Piroplasma canis and its life cycle in the tick - Number 29
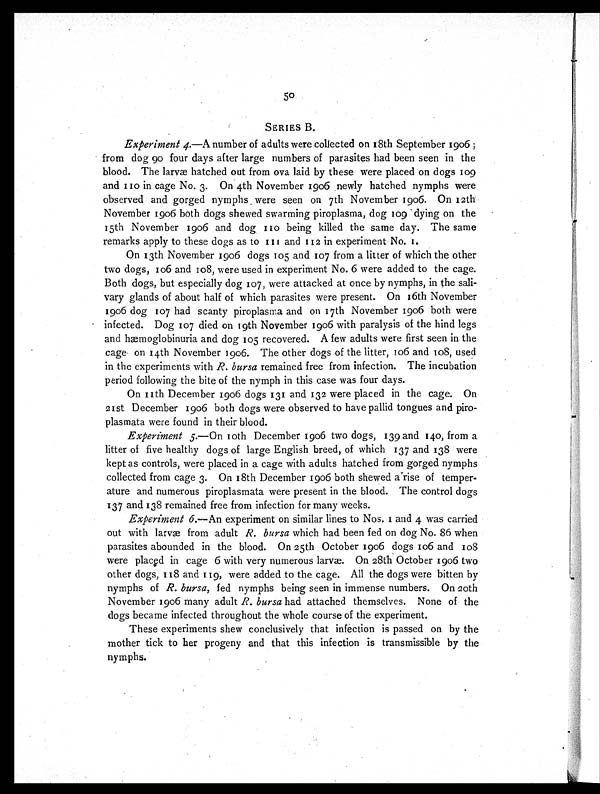
50
SERIES B.
Experiment 4.—A number of adults were collected on 18th September 1906 ;
from dog go four days after large numbers of parasites had been seen in the
blood. The larvæ hatched out from ova laid by these were placed on dogs 109
and 110 in cage No. 3. On 4th November 1906 newly hatched nymphs were
observed and gorged nymphs were seen on 7th November 1906. On 12th
November 1906 both dogs shewed swarming piroplasma, dog 109 dying on the
15th November 1906 and dog 110 being killed the same day. The same
remarks apply to these dogs as to 111 and 112 in experiment No. 1.
On 13th November 1906 dogs 105 and 107 from a litter of which the other
two dogs, 106 and 108, were used in experiment No. 6 were added to the cage.
Both dogs, but especially dog 107, were attacked at once by nymphs, in the sali-
vary glands of about half of which parasites were present. On 16th November
1906 dog 107 had scanty piroplasma and on 17th November 1906 both were
infected. Dog 107 died on 19th November 1906 with paralysis of the hind legs
and hæmoglobinuria and dog 105 recovered. A few adults were first seen in the
cage on 14th November 1906. The other dogs of the litter, 106 and 108, used
in the experiments with R. bursa remained free from infection. The incubation
period following the bite of the nymph in this case was four days.
On 11th December 1906 dogs 131 and 132 were placed in the cage. On
21st December 1906 both dogs were observed to have pallid tongues and piro-
plasmata were found in their blood.
Experiment 5.—On 10th December 1906 two dogs, 139 and 140, from a
litter of five healthy dogs of large English breed, of which 137 and 138 were
kept as controls, were placed in a cage with adults hatched from gorged nymphs
collected from cage 3. On 18th December 1906 both shewed a rise of temper-
ature and numerous piroplasmata were present in the blood. The control dogs
137 and 138 remained free from infection for many weeks.
Experiment 6.—An experiment on similar lines to Nos. 1 and 4 was carried
out with larvæ from adult R. bursa which had been fed on dog No. 86 when
parasites abounded in the blood. On 25th October 1906 dogs 106 and 108
were placed in cage 6 with very numerous larvæ. On 28th October 1906 two
other dogs, 118 and 119, were added to the cage. All the dogs were bitten by
nymphs of R. bursa, fed nymphs being seen in immense numbers. On 20th
November 1906 many adult R. bursa had attached themselves. None of the
dogs became infected throughout the whole course of the experiment.
These experiments shew conclusively that infection is passed on by the
mother tick to her progeny and that this infection is transmissible by the
nymphs.